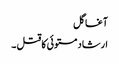
آغا گل
ارشاد مستوئی کا قتل ۔